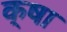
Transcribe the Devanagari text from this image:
क्षा